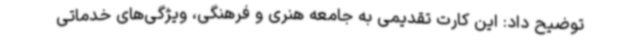
توضیح داد: این کارت تقدیمی به جامعه هنری و فرهنگی، ویژگی‌های خدماتی